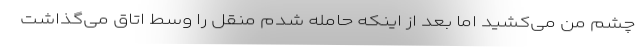
چشم من می‌کشید اما بعد از اینکه حامله شدم منقل را وسط اتاق می‌گذاشت